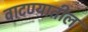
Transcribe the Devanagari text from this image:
वाटण्यातील